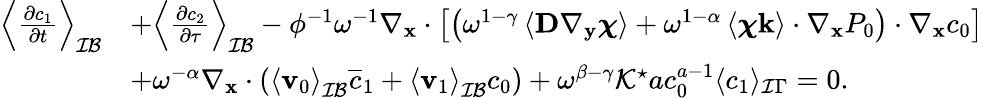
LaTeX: \begin{array}{rl}{\left\langle\frac{\partial c_{1}}{\partial t}\right\rangle_{\mathcal{IB}}}&{+\left\langle\frac{\partial c_{2}}{\partial\tau}\right\rangle_{\mathcal{IB}}-\phi^{-1}\omega^{-1}\nabla_{\mathbf{x}}\cdot\left[\left(\omega^{1-\gamma}\left\langle\textbf{D}\nabla_{\mathbf y}\boldsymbol\chi\right\rangle+\omega^{1-\alpha}\left\langle\boldsymbol\chi\mathbf k\right\rangle\cdot\nabla_{\mathbf x}P_{0}\right)\cdot\nabla_{\mathbf x}c_{0}\right]}\\ &{+\omega^{-\alpha}\nabla_{\mathbf x}\cdot\left(\left\langle\mathbf v_{0}\right\rangle_{\mathcal{IB}}\overline{{c}}_{1}+\left\langle\mathbf v_{1}\right\rangle_{\mathcal{IB}}c_{0}\right)+\omega^{\beta-\gamma}\mathcal{K^{\star}}ac_{0}^{a-1}\langle c_{1}\rangle_{\mathcal I\Gamma}=0.}\end{array}